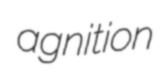
agnition